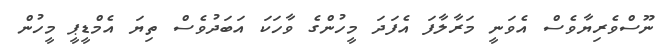
ނޫސްވެރިޔާވެސް އެވަނީ މަރާލާފަ އެފަދަ މީހުންގެ ވާހަކަ އަބަދުވެސް ތިޔަ އެމްޑީޕީ މީހުން